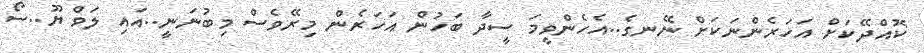
ކޮއްދޭކަށް އަހަރެންނަކަށް ނޭނގެ..އެހެންވީމަ ސީދާ ބަހުން އަހަރެން މިރޭވެސް މިބުނަނީ..އައި ލަވް ޔޫ..ސޯ